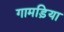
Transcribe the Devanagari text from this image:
गामड़िया